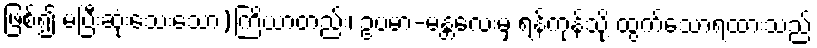
ဖြစ်၍ မပြီးဆုံးသေးသော)ကြိယာတည်း၊ ဥပမာ-မန္တလေးမှ ရန်ကုန်သို့ ထွက်သောရထားသည်